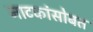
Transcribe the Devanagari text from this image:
नाटकांसोबत